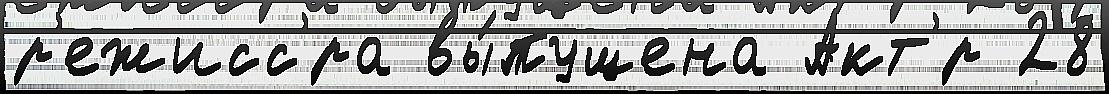
р'ежисс'́ра вы́пущена Акт'́р 28